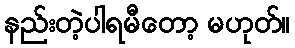
နည်းတဲ့ပါရမီတော့ မဟုတ်။